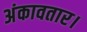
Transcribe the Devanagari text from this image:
अंकावतार।